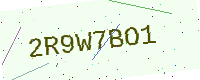
Text: 2R9W7BO1